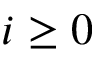
i \geq 0